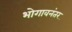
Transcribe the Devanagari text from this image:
भोगावनंतर